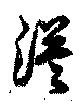
漠